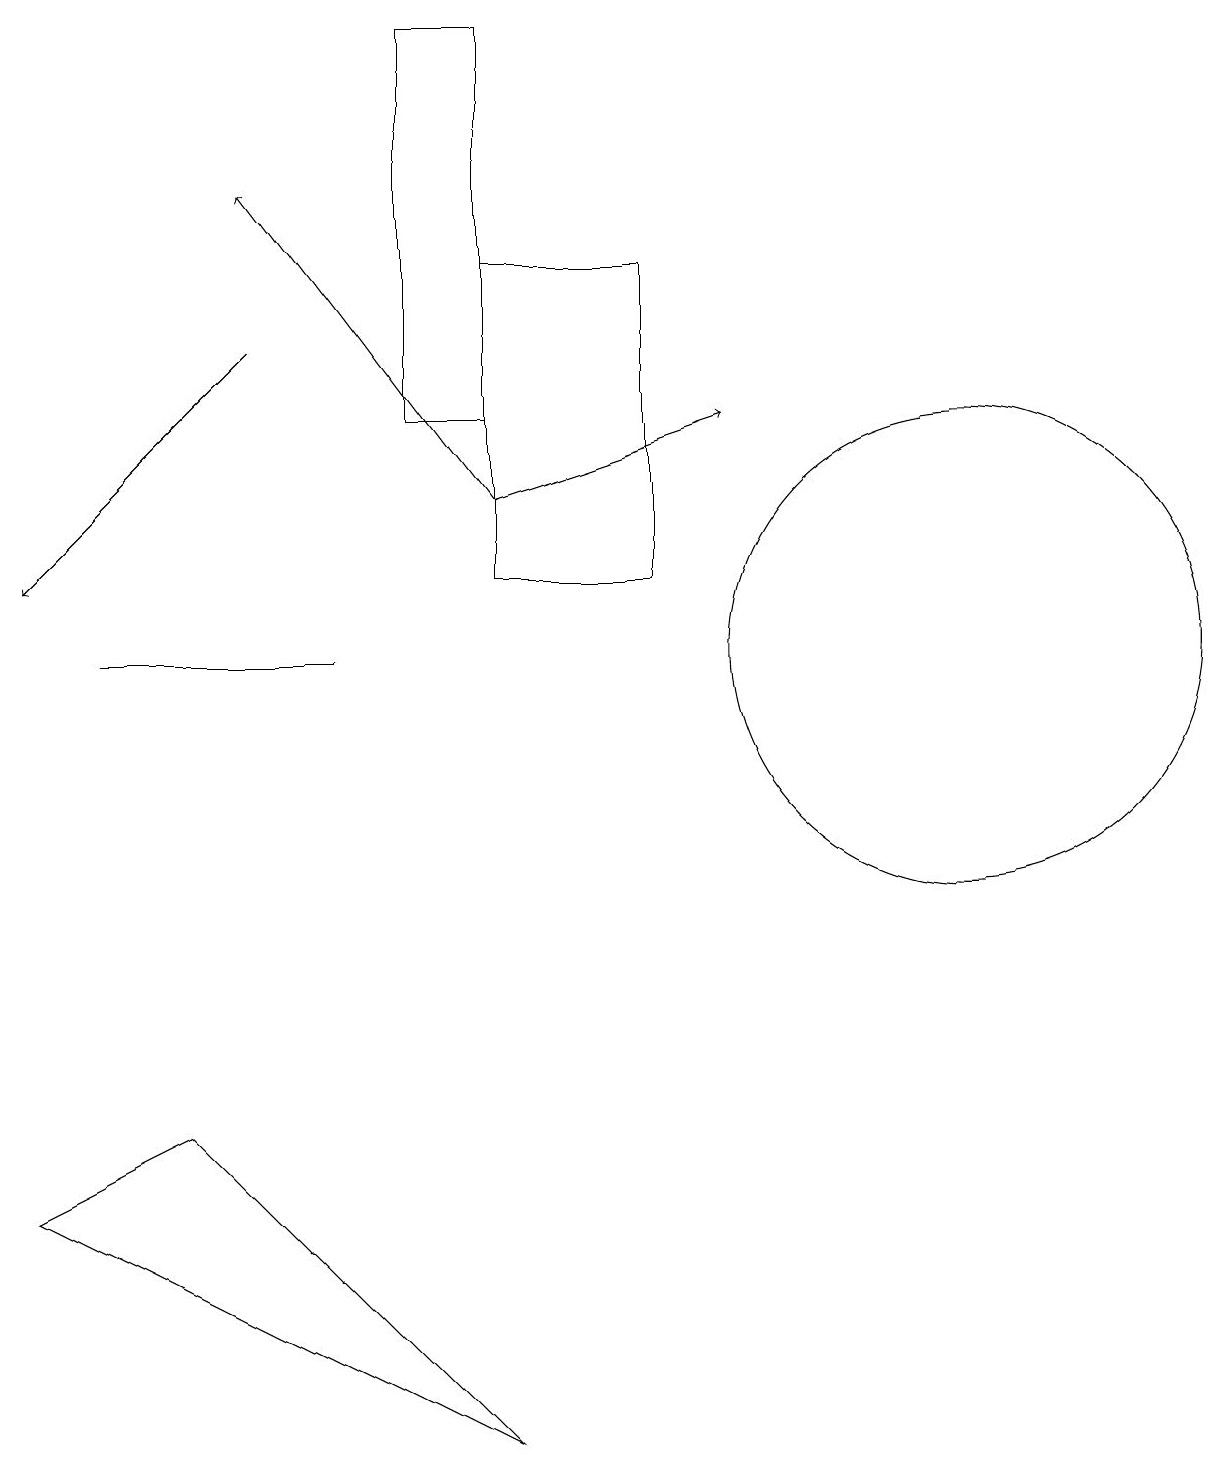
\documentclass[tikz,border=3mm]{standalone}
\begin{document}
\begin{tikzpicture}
\draw (8,15) rectangle (6,11);
\draw (4,10) rectangle (1,10);
\draw (6,0) -- (2,4) -- (0,3) -- cycle;
\draw (12,10) circle (3);
\draw[->] (6,12) -- (3,16);
\draw[->] (3,14) -- (0,11);
\draw[->] (6,12) -- (9,13);
\draw (5,13) rectangle (6,18);
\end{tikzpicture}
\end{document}